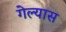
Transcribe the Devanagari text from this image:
गेल्‍यास